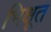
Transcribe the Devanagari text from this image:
भिक्षूत